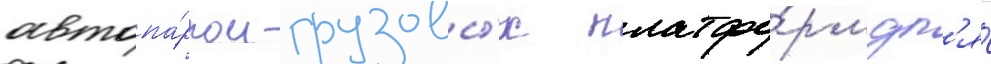
автопа́рком грузовы́х платфо́рм дл'я́